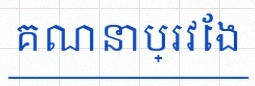
គណនាប្រវែង